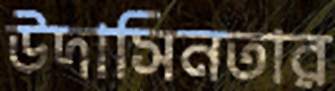
উদাসিনতার